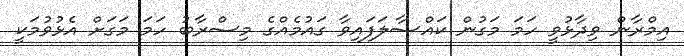
އިމްރާން ވިދާޅުވީ ހަމަ މަގުން ކައްސާލަފައިވާ ގައުމެއްގެ މިސްރާބު ހަމަ މަގަށް އެޅުވުމަކީ